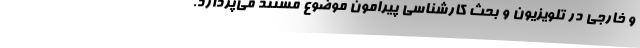
و خارجی در تلویزیون و بحث کارشناسی پیرامون موضوع مستند می‌پردازد.